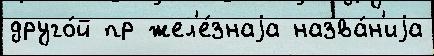
друго́й пр жел'е́знаjа назва́н'иjа